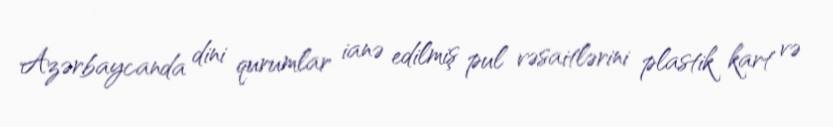
Azərbaycanda dini qurumlar ianə edilmiş pul vəsaitlərini plastik kart və